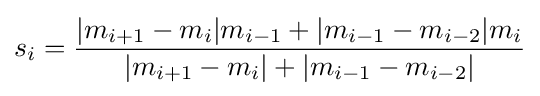
s_{i}={\frac {|m_{i+1}-m_{i}|m_{i-1}+|m_{i-1}-m_{i-2}|m_{i}}{|m_{i+1}-m_{i}|+|m_{i-1}-m_{i-2}|}}